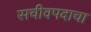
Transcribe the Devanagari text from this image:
सचीवपदाचा